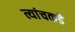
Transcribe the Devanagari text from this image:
त्यांचकडे